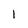
Character: 1